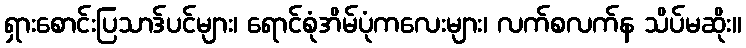
ရှားစောင်းပြသာဒ်ပင်များ၊ ရောင်စုံအိမ်ပုံကလေးများ၊ လက်စလက်န သိပ်မဆိုး။